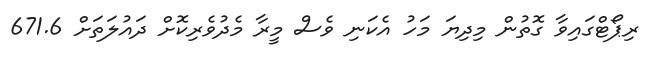
ރިޕޯޓްގައިވާ ގޮތުން މިދިޔަ މަހު އެކަނި ވެސް މީރާ މެދުވެރިކޮށް ދައުލަތަށް 671.6